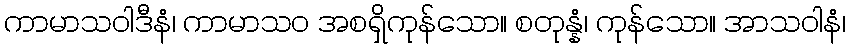
ကာမာသဝါဒီနံ၊ ကာမာသဝ အစရှိကုန်သော။ စတုန္နံ၊ ကုန်သော။ အာသဝါနံ၊